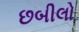
છબીલો